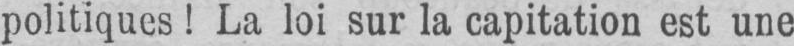
politiques! La loi sur la capitation est une